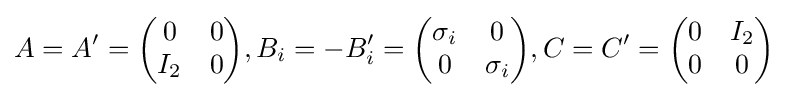
A=A'={\begin{pmatrix}0&0\\I_{2}&0\end{pmatrix}},B_{i}=-B_{i}'={\begin{pmatrix}\sigma _{i}&0\\0&\sigma _{i}\end{pmatrix}},C=C'={\begin{pmatrix}0&I_{2}\\0&0\end{pmatrix}}